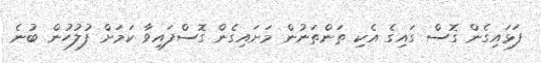
ފަޅައިގެން ގޮސް ގައިގެ އެކި ތަންތަނުން މަށައިގެން ގޮސްފައިވާ ކަމަށް ފުލުހުން ބުނެ